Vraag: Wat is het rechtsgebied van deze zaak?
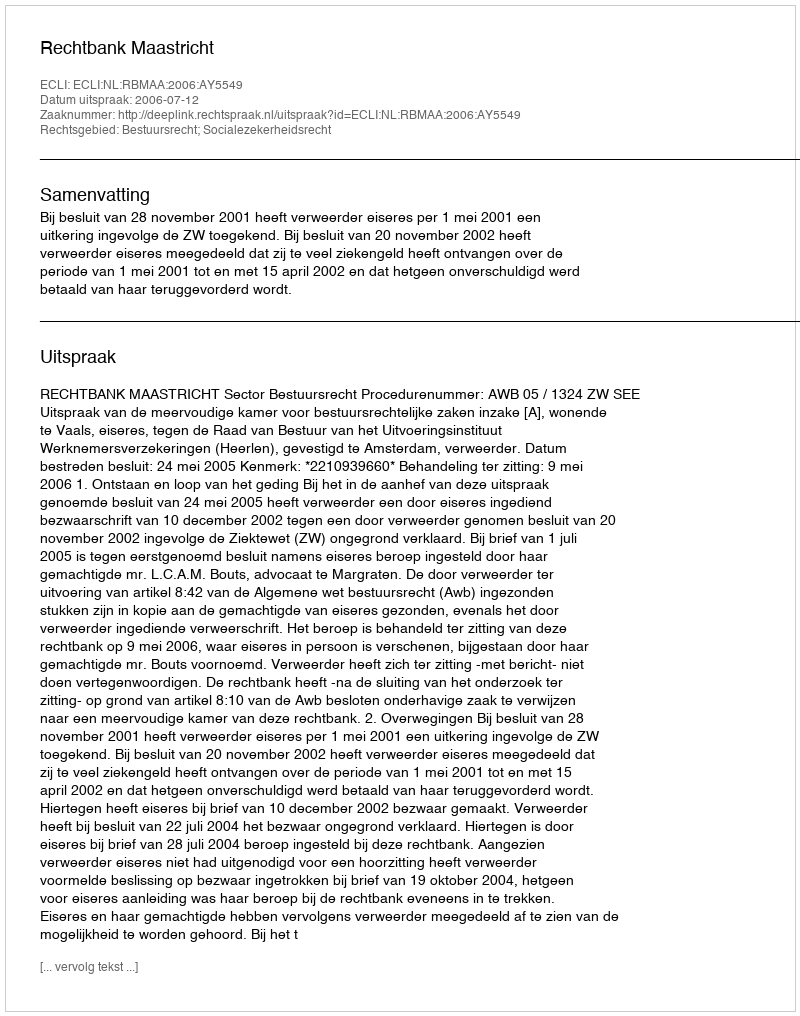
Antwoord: Bestuursrecht; Socialezekerheidsrecht